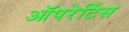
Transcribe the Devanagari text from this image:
ऑपरेटिंस